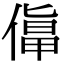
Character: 𠍬